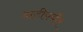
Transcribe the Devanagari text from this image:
दाढीपर्यंत